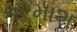
કરમાશ